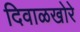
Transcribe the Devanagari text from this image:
दिवाळखोरे